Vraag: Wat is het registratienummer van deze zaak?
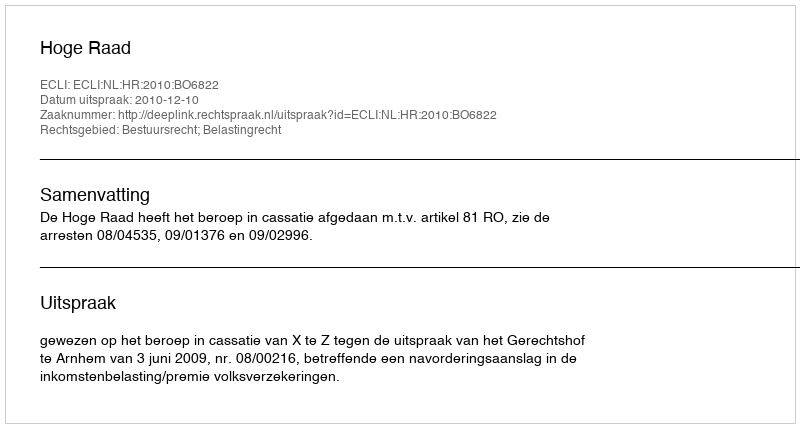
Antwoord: http://deeplink.rechtspraak.nl/uitspraak?id=ECLI:NL:HR:2010:BO6822